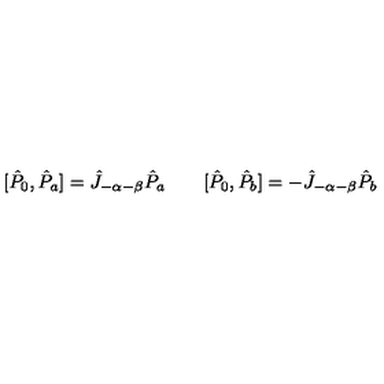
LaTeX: [ \hat { P } _ { 0 } , \hat { P } _ { a } ] = \hat { J } _ { - \alpha - \beta } \hat { P } _ { a } \qquad [ \hat { P } _ { 0 } , \hat { P } _ { b } ] = - \hat { J } _ { - \alpha - \beta } \hat { P } _ { b }